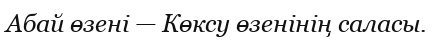
Абай өзені — Көксу өзенінің саласы.